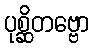
ပုစ္ဆိတဗ္ဗော